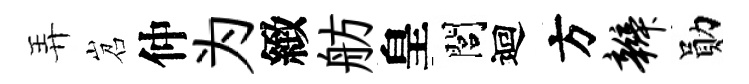
弄岧仲为緻舫皇閭迴方辫勛